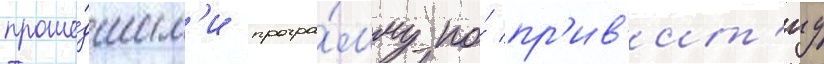
проше́дшим'и програ́мму по́ пр'ив'ит'иу